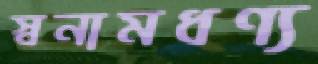
স্বনামধণ্য